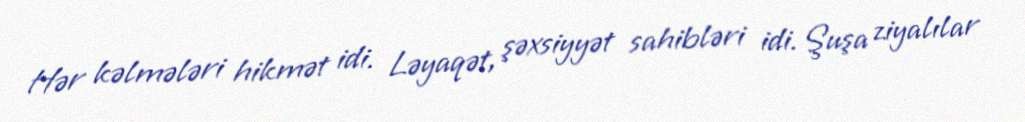
Hər kəlmələri hikmət idi. Ləyaqət, şəxsiyyət sahibləri idi. Şuşa ziyalılar